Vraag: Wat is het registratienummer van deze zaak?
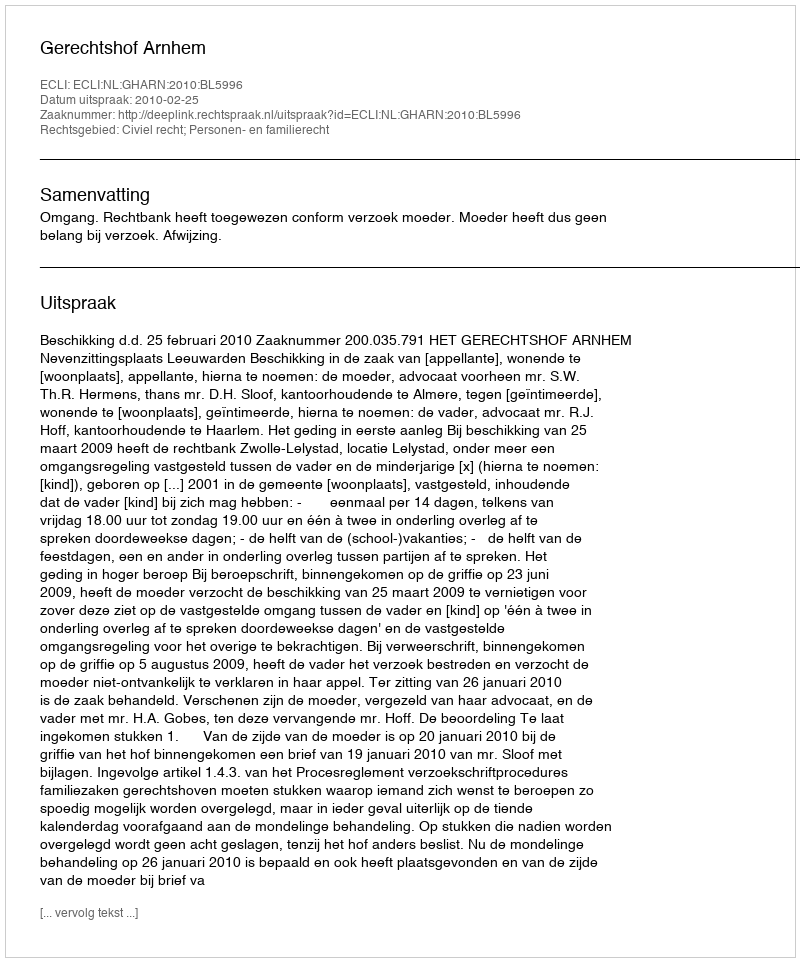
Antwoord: http://deeplink.rechtspraak.nl/uitspraak?id=ECLI:NL:GHARN:2010:BL5996